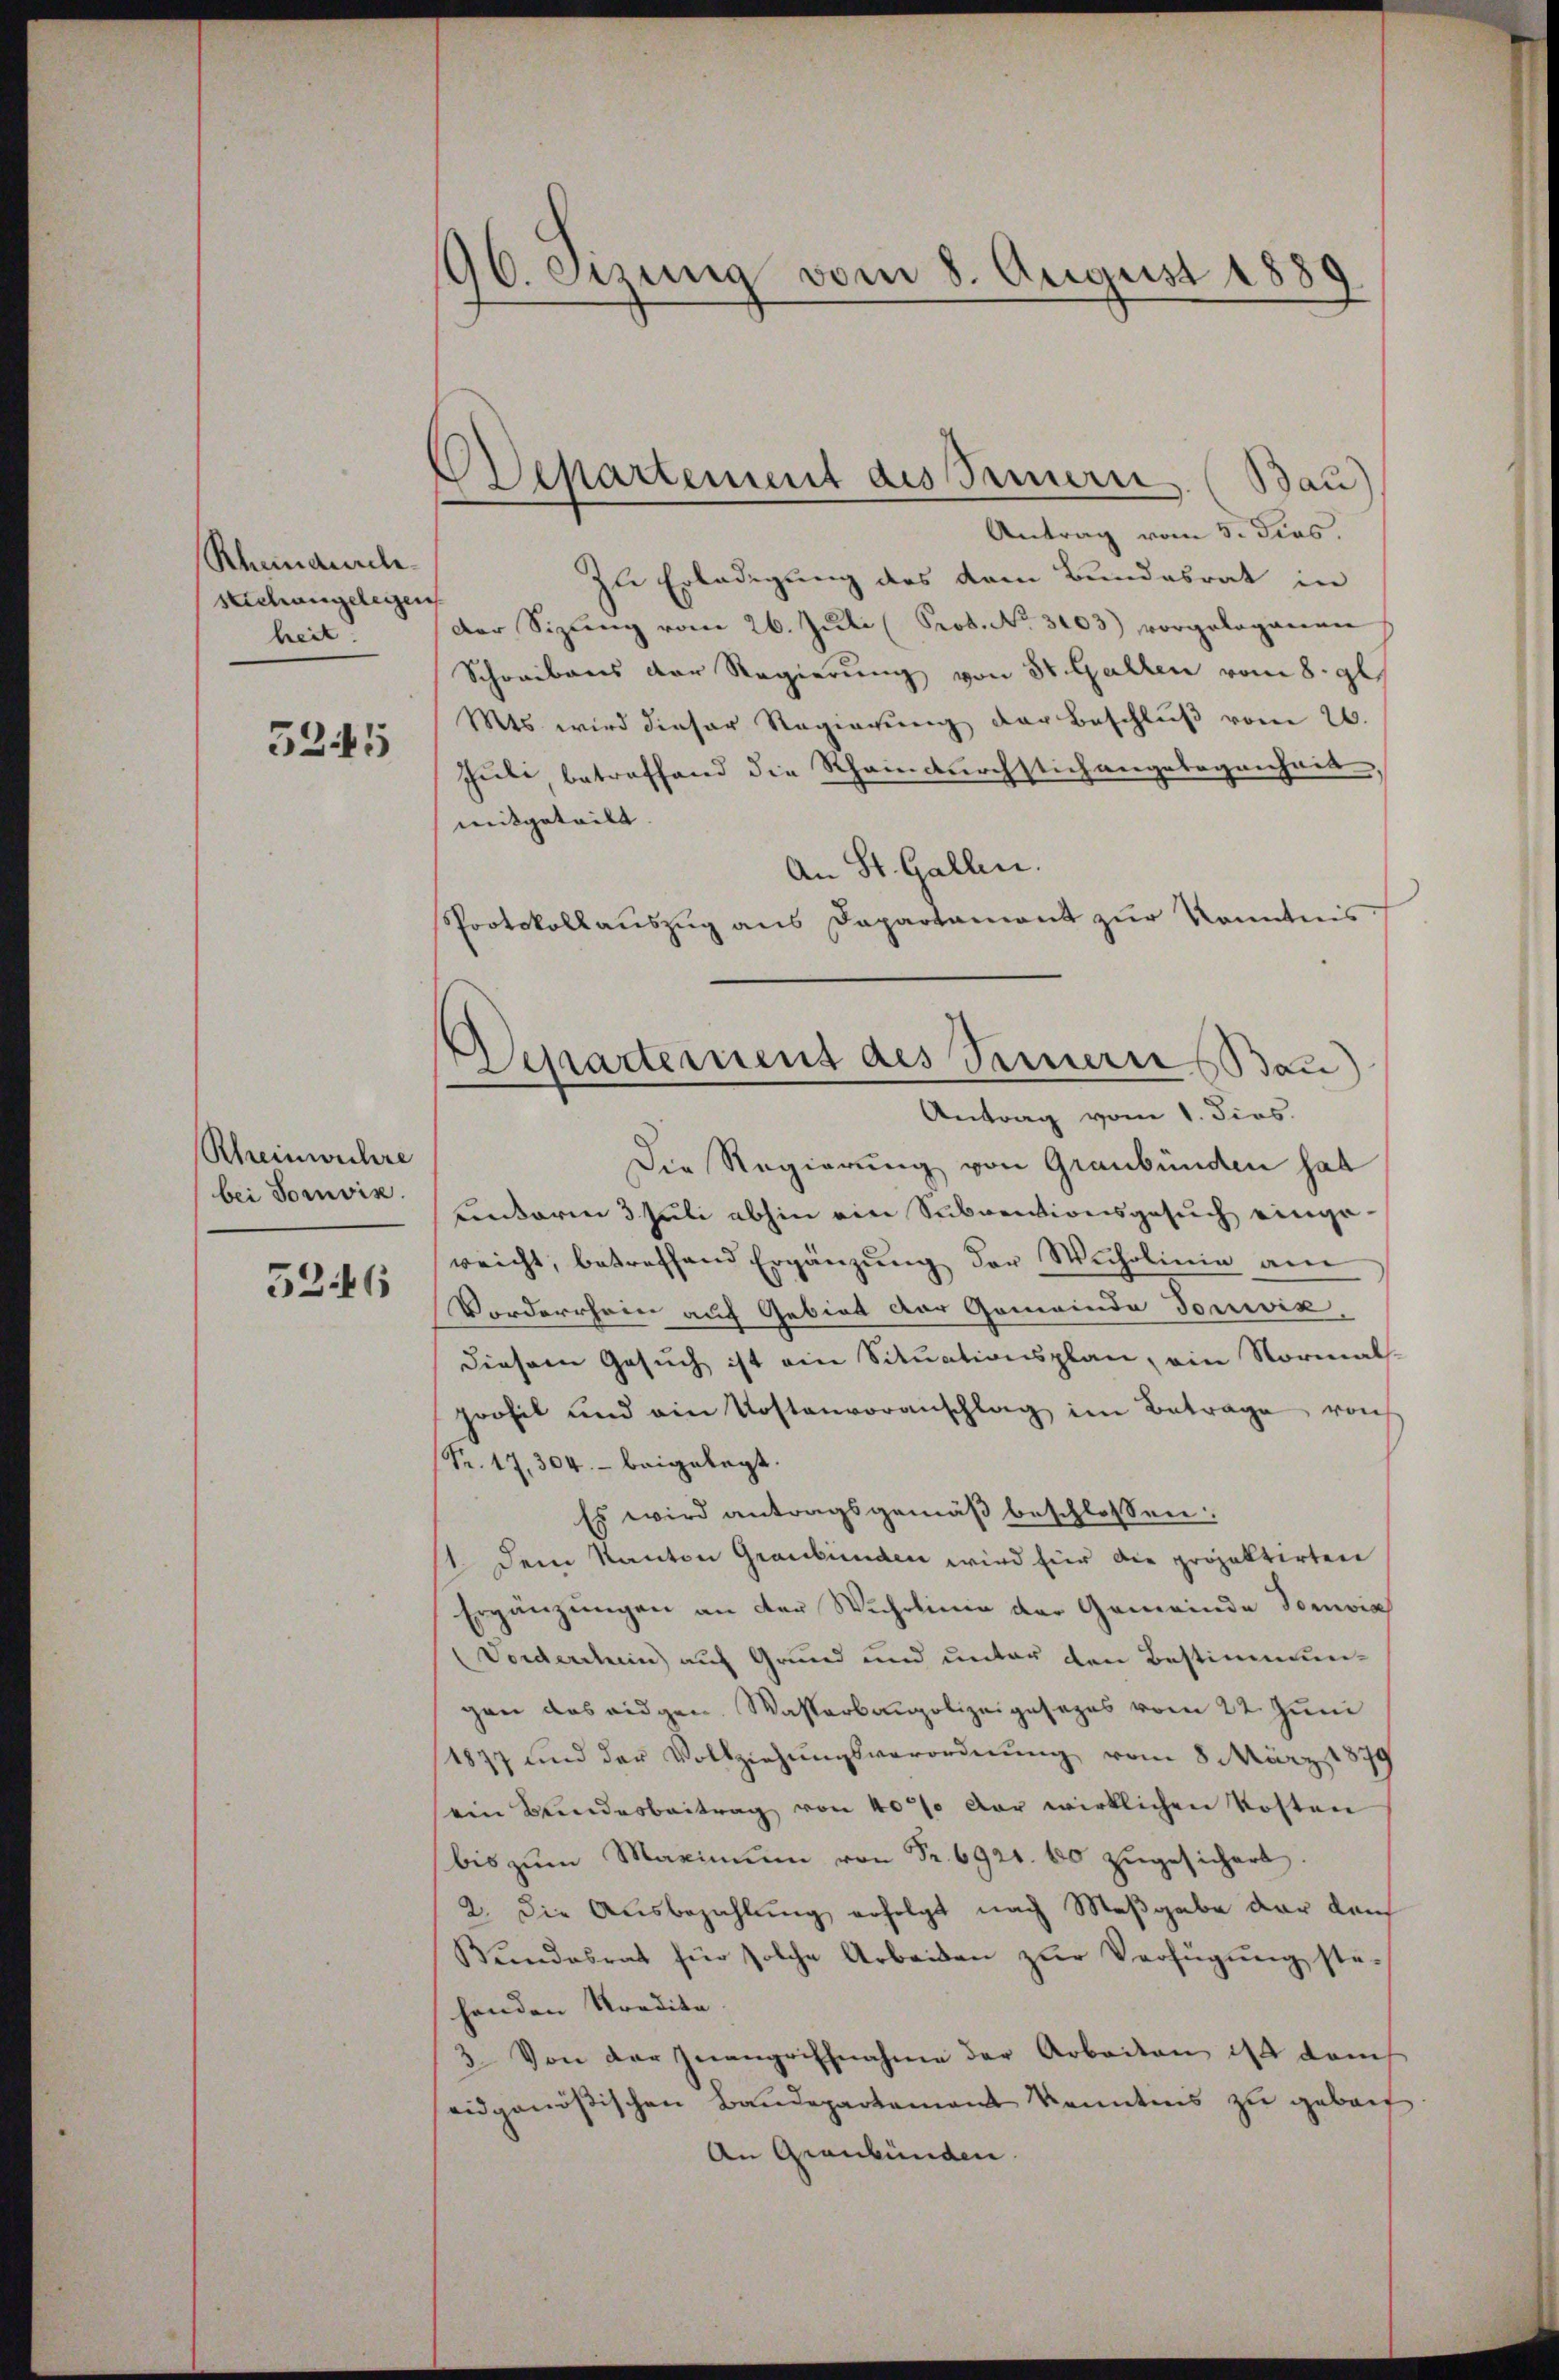
Rhumaniele.
stchangelegen
heit!

5245

Rheinwuhre
bei Sonnvis
5246

96. Sezung vom 8. August 1889

ODepartement des Sauern

Bau
Antrag vom 5. Fias.
Zu Erledigung des dem Bundesrat in
der Sizŭng vom 26. Jŭli (Prob. No. 3103) vorgelegenen
Schreibens der Regierung von St. Gallen vom 8. gl.
Mts wird dieser Regierŭng der Beschlŭβ vom 26.
Juli betreffend die Rheindurchstich angelegenheit,
meitgeteilt. |
An St. Gallen.
Protokollauszug aus Departament zur Kenntnis
Die Regierung von Graubünden hat
Linderen 3 Juli abhin ein Subventionsgesuch eingereicht, betreffend Ergänzŭng der Wicholinie am
Vorderrhein auf Gebiet der Gemeinde Tonwik.
diesem Gesuch ist ein Situationsplan, ein Normal-
profil und ein Kostenvoranschlag im Betrage von
(Fr. 17, 304. beigelegt.
Es wird antragsgemäß beschlossen:
1 dem Kanton Graubünden wird für die projektirten
Ergänzungen an der Wuhrlinie der Gemeinde Domvia
Vorderchein auf Grund und unter den Bestimmungen das eidgen. Wasserbaupolizeigesezes vom 22. Juni
1877 und der Vollziehungsverordnung vom 8. März 1870
ein Bundesbeitrag von 40% der wirklichen Kosten
bis zŭm Maximŭm von Fr. 6921. 60 zŭgesichert.
2. Die Ausbezahlung erfolgt nach Maßgabe der dan
Bŭndesrat für solche Arbeiten zŭr Verfügŭng ste-
henden Kredita.
3. Von der Zwangriffnahme der Arbeiten ist danch
eidgenössischen Baudepartement Kenntnis zu gebach
An Graubünden

Departement des Sennern Bau)
Antrag vom 1. dies